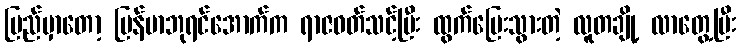
ပြည်မှာတော့ မြန်မာဘုရင်အောက်က ရာဇဝတ်သင့်ပြီး ထွက်ပြေးသွားတဲ့ လူတချို့ လာတွေ့ပြီး